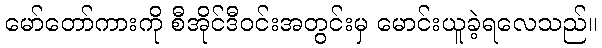
မော်တော်ကားကို စီအိုင်ဒီဝင်းအတွင်းမှ မောင်းယူခဲ့ရလေသည်။